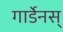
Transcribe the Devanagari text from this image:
गार्डेनस्